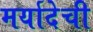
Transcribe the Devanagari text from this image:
मर्यादेची